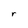
Character: r